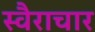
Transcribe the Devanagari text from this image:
स्वैराचार